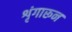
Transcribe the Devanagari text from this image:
शृंगारून